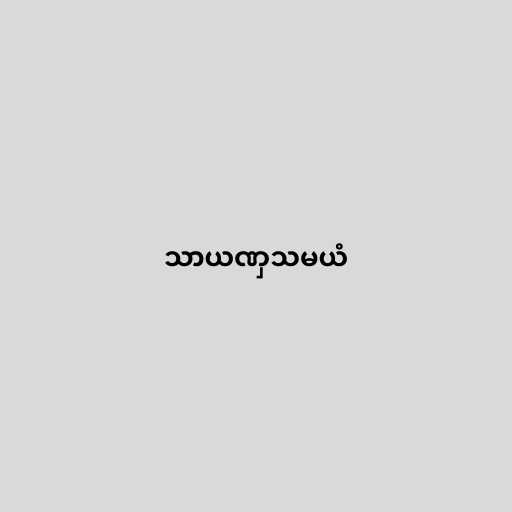
သာယဏှသမယံ